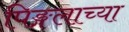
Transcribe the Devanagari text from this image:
पिङ्गलाच्या